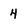
Character: 4